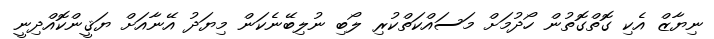
ނިޔާޒް އެކި ގޮތްގޮތުން ހޯދުމަށް މަސައްކަތްކުރި ލޯބި ނުލިބޭނެކަން މިޔަދު އޭނާއަށް ޔަޤީންކޮއްދިނީ